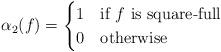
LaTeX: \begin{align*}\alpha_{2}(f) = \begin{cases} 1 & \mbox{if }f \mbox{ is square-full } \\ 0 & \mbox{otherwise} \end{cases}\end{align*}